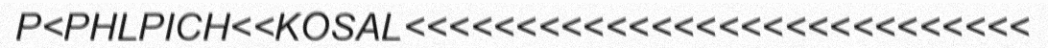
P<PHLPICH<<KOSAL<<<<<<<<<<<<<<<<<<<<<<<<<<<<